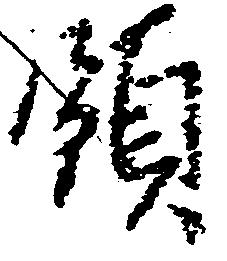
領